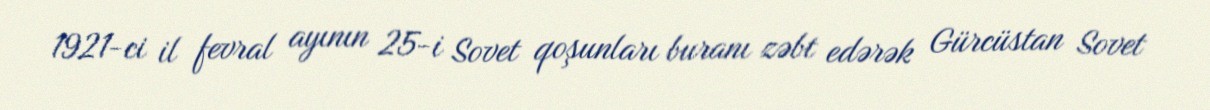
1921-ci il fevral ayının 25-i Sovet qoşunları buranı zəbt edərək Gürcüstan Sovet